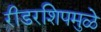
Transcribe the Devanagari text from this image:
रीडरशिपमुळे